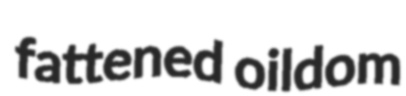
fattened oildom